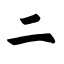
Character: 二